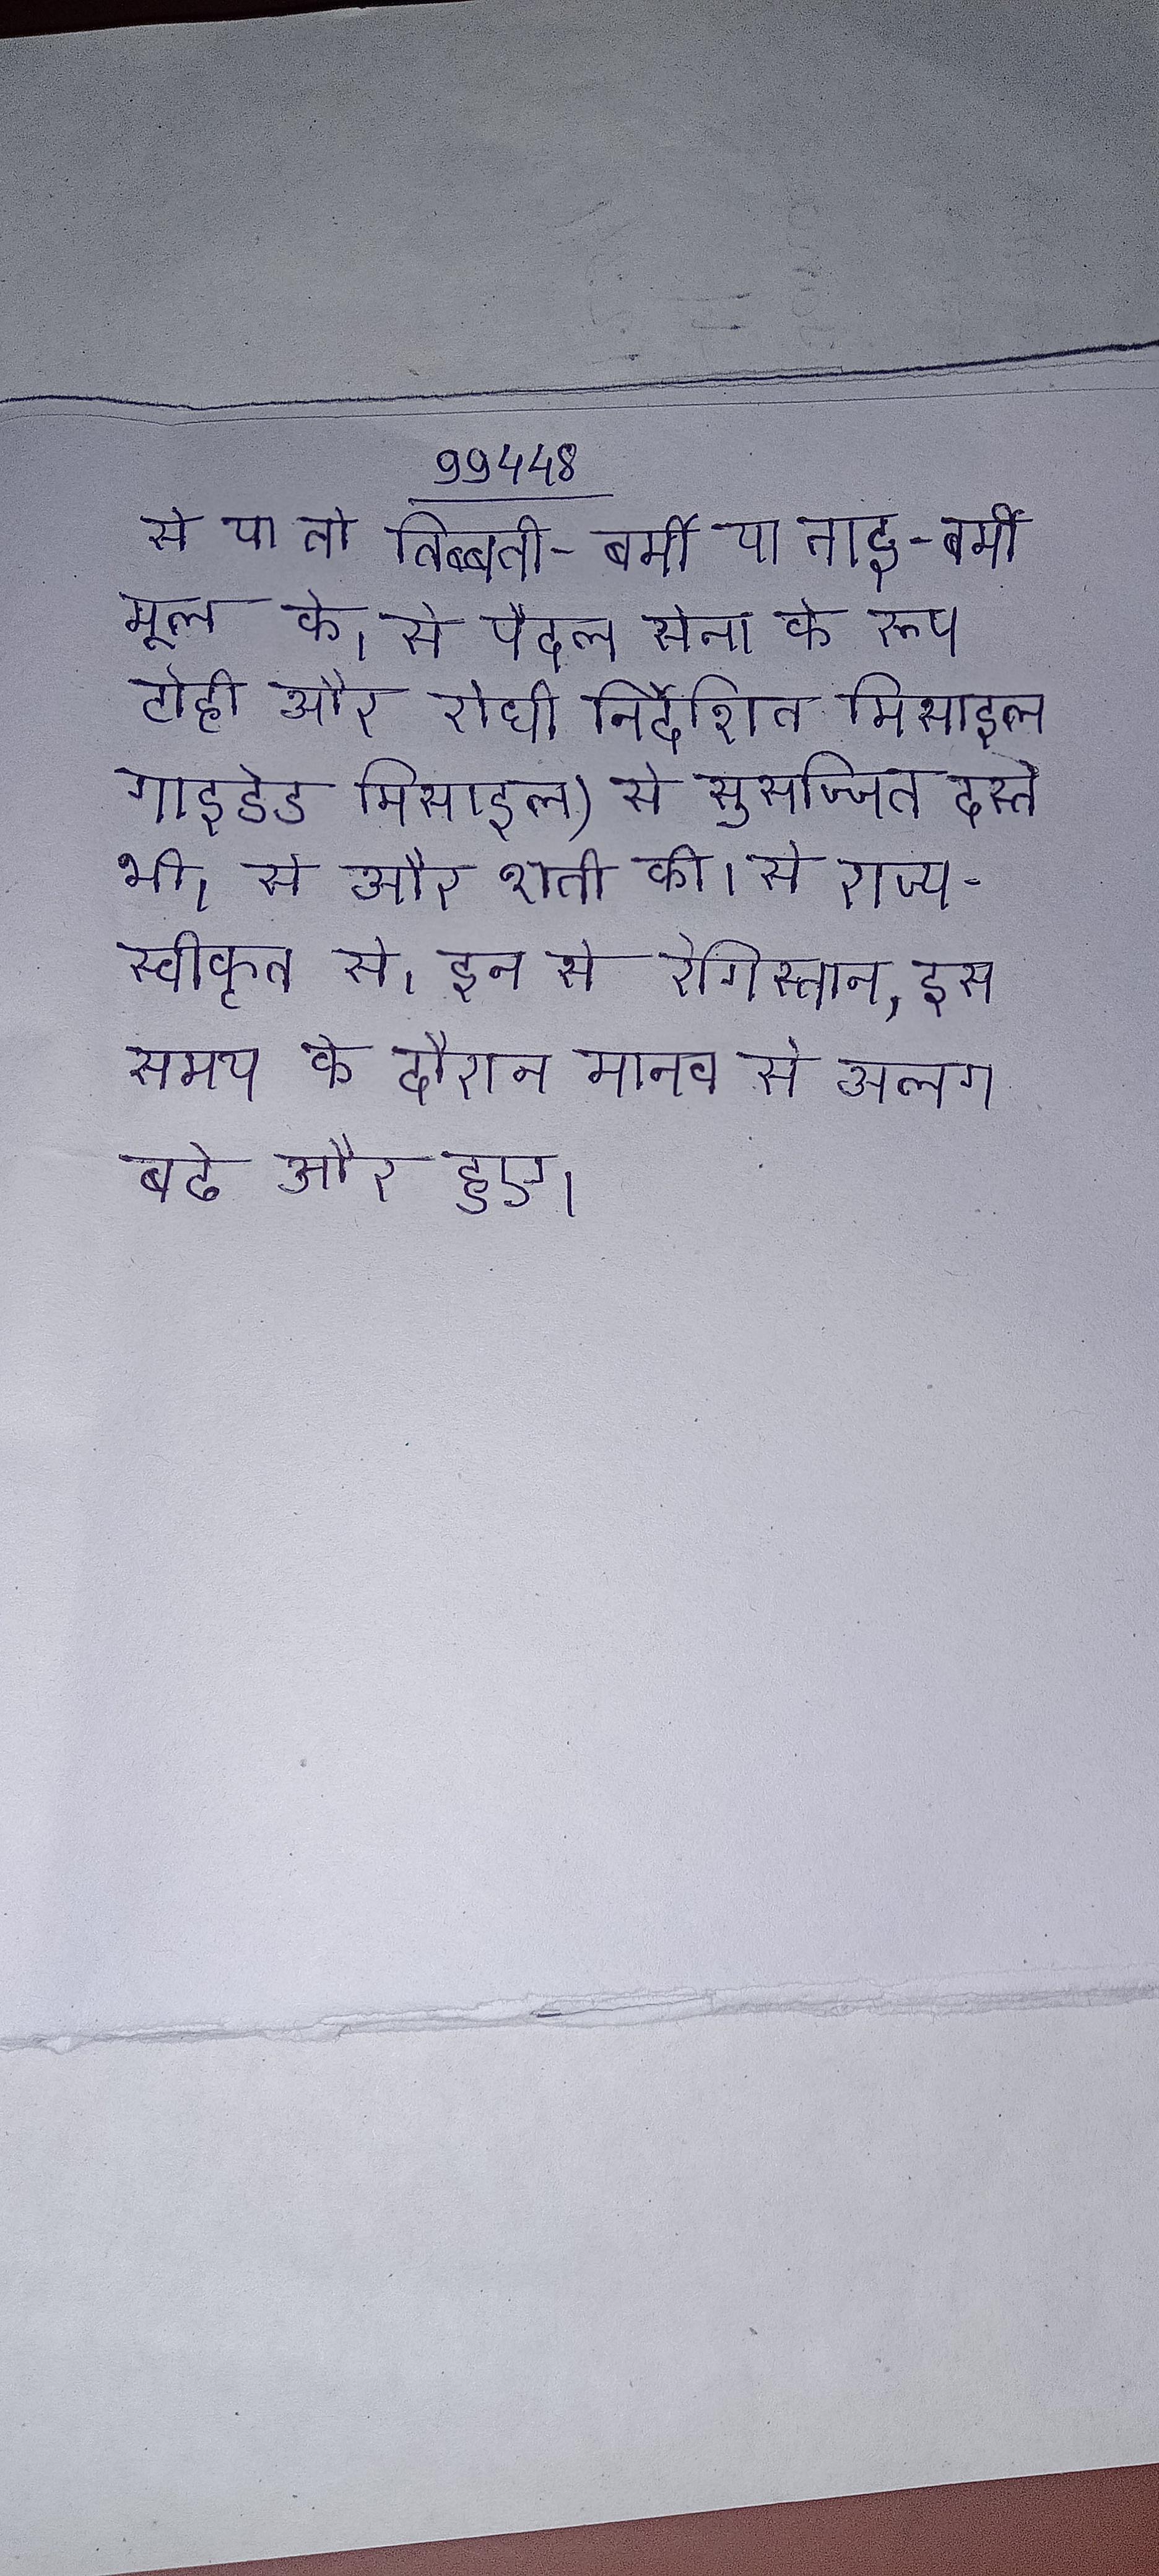
से या तो तिब्बती-बर्मी या ताई-बर्मी मूल के । से पैदल सेना के रूप टोही और रोधी निर्देशित मिसाइल गाइडेड मिसाइल) से सुसज्जित दस्ते भी । से और शती की । से राज्य-स्वीकृत से । इन से रेगिस्तान, इस समय के दौरान मानव से अलग बढे और हुए ।